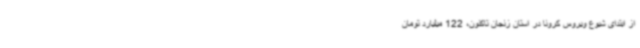
از ابتدای شیوع ویروس کرونا در استان زنجان تاکنون، 122 میلیارد تومان